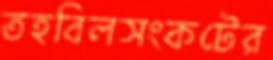
তহবিলসংকটের